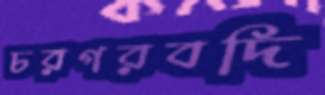
চরগরবদি